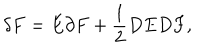
LaTeX: \delta F = E \partial F + \frac { 1 } { 2 } D E D F ,